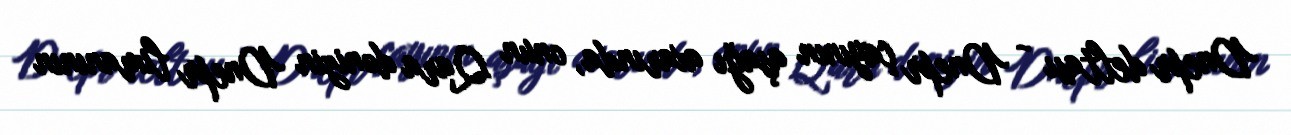
Dnepr deltası - Dnepr çayının aşağı axarında, onun Qara dənizin Dnepr limanının